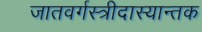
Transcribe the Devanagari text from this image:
जातवर्गस्त्रीदास्यान्तक